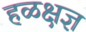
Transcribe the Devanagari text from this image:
हळक्षज्ञ